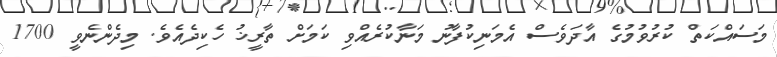
މަސައްކަތް ކުރުވުމުގެ އާދަވެސް އެމަނިކުފާނު މަނާކުރެއްވި ކަމަށް ތާރީޚު ހެކިދެއެވެ. މިދެންނެވީ 1700